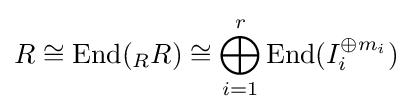
R\cong \operatorname {End} ({}_{R}R)\cong \bigoplus _{i=1}^{r}\operatorname {End} (I_{i}^{\oplus m_{i}})